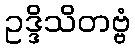
ဥဒ္ဒိသိတဗ္ဗံ